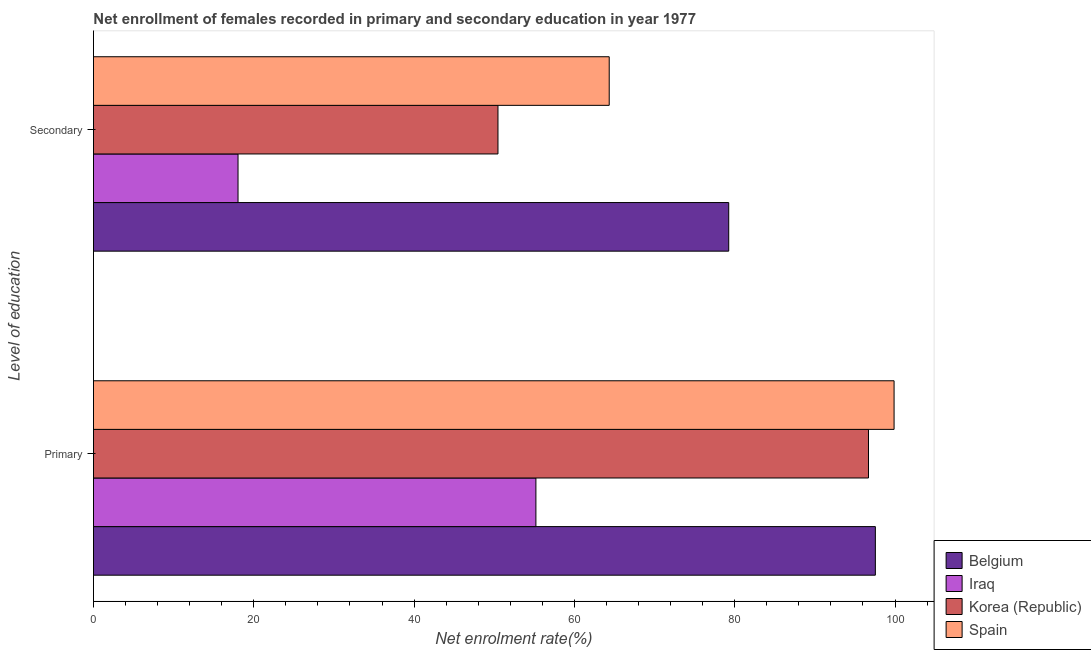
| Level of education | Belgium | Iraq | Korea (Republic) | Spain |
 | --- | --- | --- | --- | --- |
 | Primary | 97.5 | 55.2 | 96.7 | 99.9 |
 | Secondary | 79.3 | 18 | 50.5 | 64.3 |